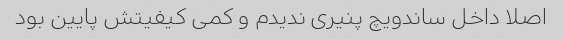
اصلا داخل ساندویچ پنیری ندیدم و کمی کیفیتش پایین بود